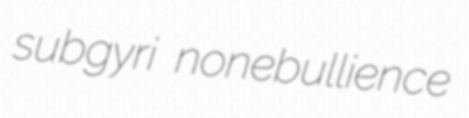
subgyri nonebullience